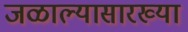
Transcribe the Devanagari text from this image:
जळाल्यासारख्या